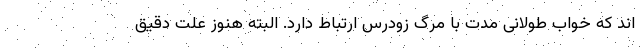
اند که خواب طولانی مدت با مرگ زودرس ارتباط دارد. البته هنوز علت دقیق